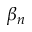
\beta _ { n }